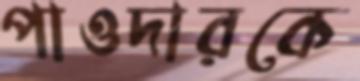
পাওদারকে